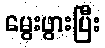
မွေးဖွားပြီး